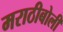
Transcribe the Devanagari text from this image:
मराठीबोली